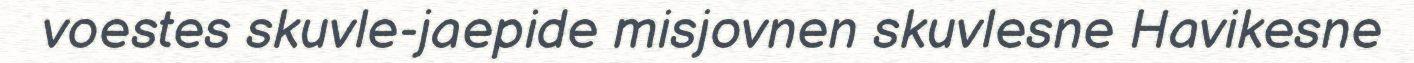
voestes skuvle-jaepide misjovnen skuvlesne Havikesne